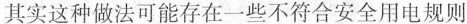
其实这种做法可能存在一些不符合安全用电规则